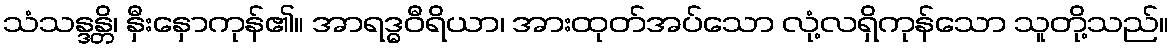
သံသန္ဒန္တိ၊ နှီးနှောကုန်၏။ အာရဒ္ဓဝီရိယာ၊ အားထုတ်အပ်သော လုံ့လရှိကုန်သော သူတို့သည်။